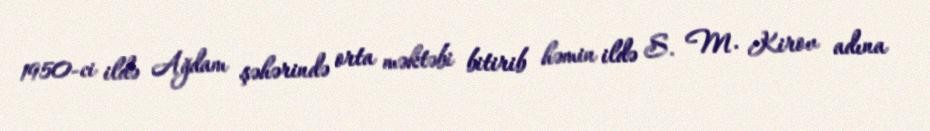
1950-ci ildə Ağdam şəhərində orta məktəbi bitirib həmin ildə S. M. Kirov adına